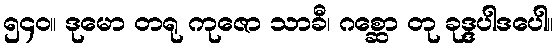
၅၄၀။ ဒုမော တရု ကုဇော သာခီ၊ ဂစ္ဆော တု ခုဒ္ဒပါဒပေါ။